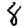
Digit: 8